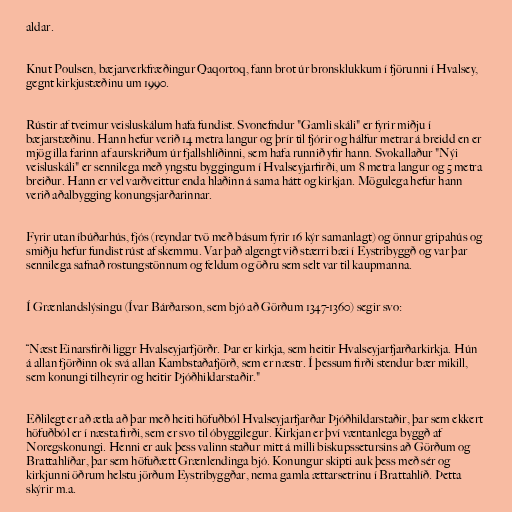
aldar.

Knut Poulsen, bæjarverkfræðingur Qaqortoq, fann brot úr bronsklukkum í fjörunni í Hvalsey,
gegnt kirkjustæðinu um 1990.

Rústir af tveimur veisluskálum hafa fundist. Svonefndur "Gamli skáli" er fyrir miðju í
bæjarstæðinu. Hann hefur verið 14 metra langur og þrír til fjórir og hálfur metrar á breidd en er
mjög illa farinn af aurskriðum úr fjallshlíðinni, sem hafa runnið yfir hann. Svokallaður "Nýi
veisluskáli" er sennilega með yngstu byggingum í Hvalseyjarfirði, um 8 metra langur og 5 metra
breiður. Hann er vel varðveittur enda hlaðinn á sama hátt og kirkjan. Mögulega hefur hann
verið aðalbygging konungsjarðarinnar.

Fyrir utan íbúðarhús, fjós (reyndar tvö með básum fyrir 16 kýr samanlagt) og önnur gripahús og
smiðju hefur fundist rúst af skemmu. Var það algengt við stærri bæi í Eystribyggð og var þar
sennilega safnað rostungstönnum og feldum og öðru sem selt var til kaupmanna.

Í Grænlandslýsingu (Ívar Bárðarson, sem bjó að Görðum 1347-1360) segir svo:

“Næst Einarsfirði liggr Hvalseyjarfjörðr. Þar er kirkja, sem heitir Hvalseyjarfjarðarkirkja. Hún
á allan fjörðinn ok svá allan Kambstaðafjörð, sem er næstr. Í þessum firði stendur bær mikill,
sem konungi tilheyrir og heitir Þjóðhildarstaðir."

Eðlilegt er að ætla að þar með heiti höfuðból Hvalseyjarfjarðar Þjóðhildarstaðir, þar sem ekkert
höfuðból er í næsta firði, sem er svo til óbyggilegur. Kirkjan er því væntanlega byggð af
Noregskonungi. Henni er auk þess valinn staður mitt á milli biskupssetursins að Görðum og
Brattahlíðar, þar sem höfuðætt Grænlendinga bjó. Konungur skipti auk þess með sér og
kirkjunni öðrum helstu jörðum Eystribyggðar, nema gamla ættarsetrinu í Brattahlíð. Þetta
skýrir m.a.